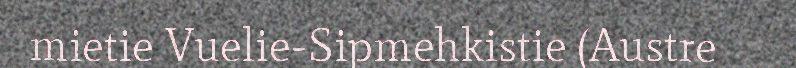
mietie Vuelie-Sipmehkistie (Austre